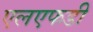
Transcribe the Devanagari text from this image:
एलएफडी